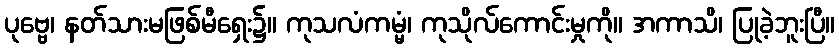
ပုဗ္ဗေ၊ နတ်သားမဖြစ်မီရှေး၌။ ကုသလံကမ္မံ၊ ကုသိုလ်ကောင်းမှုကို။ အကာသိ၊ ပြုခဲ့ဘူးပြီ။